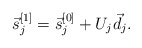
\begin{align*}\vec{s}_j^{[1]} = \vec{s}_j^{[0]} + U_j \vec{d}_j.\end{align*}